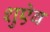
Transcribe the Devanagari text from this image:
शुऐब